Report of the Indian Hemp Drugs Commission, 1894-1895 - Volume II
Year: 1894
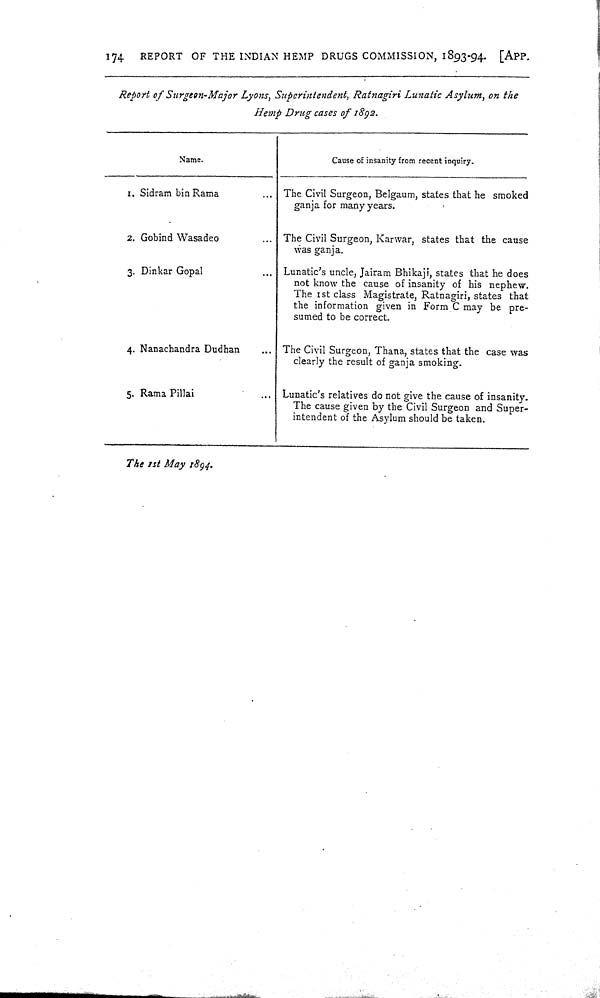
174
REPORT OF THE INDIAN HEMP DRUGS COMMISSION, 1893-94. [APP.
Report of Surgeon-Major Lyons, Superintendent, Ratnagiri Lunatic Asylum, on the
Hemp Drug cases of 1892.
Name.
Cause of insanity from recent inquiry.
1. Sidram bin Rama
The Civil Surgeon, Belgaum, states that he smoked
ganja for many years.
2. Gobind Wasadeo
The Civil Surgeon, Karwar, states that the cause
was ganja.
3. Dinkar Gopal
Lunatic's uncle, Jairam Bhikaji, states that he does
not know the cause of insanity of his nephew.
The 1st class Magistrate, Ratnagiri, states that
the information given in Form C may be pre-
sumed to be correct.
4. Nanachandra Dudhan
The Civil Surgeon, Thana, states that the case was
clearly the result of ganja smoking.
5. Rama Pillai
Lunatic's relatives do not give the cause of insanity.
The cause given by the Civil Surgeon and Super-
intendent of the Asylum should be taken.
The 1st May 1894.